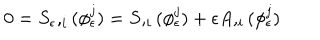
0 = S _ { \epsilon } , _ { i } ( \phi _ { \epsilon } ^ { j } ) = S , _ { i } ( \phi _ { \epsilon } ^ { j } ) + \epsilon A , _ { i } ( \phi _ { \epsilon } ^ { j } )